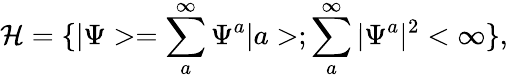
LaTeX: {\cal{H}}=\{ |\Psi>=\sum_{a}^{\infty}\Psi^{a}|a>;\sum_{a}^{\infty}|\Psi^{a}|^{2}<\infty\} ,